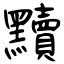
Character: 黷